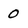
Character: 0